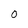
Character: O